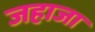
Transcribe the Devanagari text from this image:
जहाजा